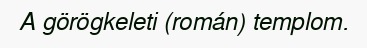
A görögkeleti (román) templom.